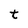
Character: t